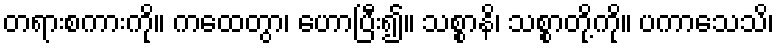
တရားစကားကို။ ကထေတွာ၊ ဟောပြီး၍။ သစ္စာနိ၊ သစ္စာတို့ကို။ ပကာသေသိ၊